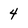
Character: 4